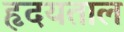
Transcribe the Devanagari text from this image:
हृदयताल